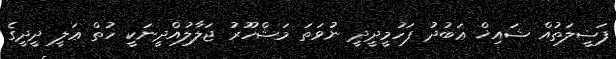
ފަޟީލަތުއް ޝައިޚް ޢަބުދު ފަހުމީދީދީ ނުވަތަ މަޝްހޫރު ޖަލާލުއްދީނަކީ ހުތް ޢަލީ ދީދީގެ